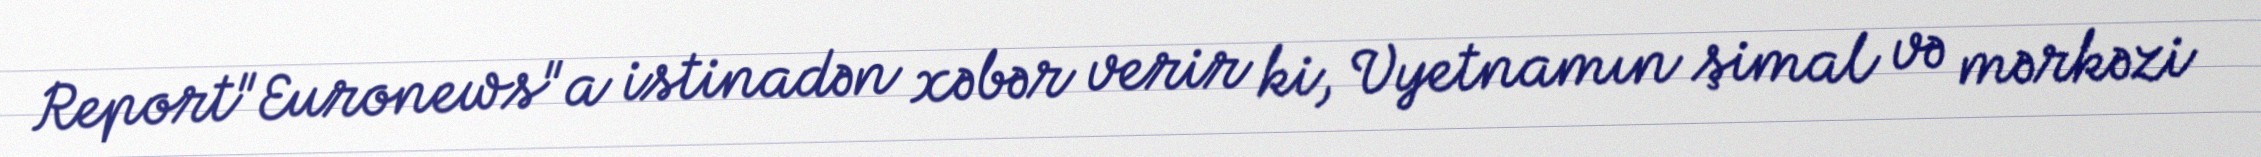
Report"Euronews"a istinadən xəbər verir ki, Vyetnamın şimal və mərkəzi